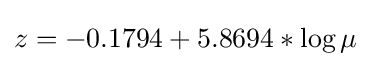
z=-0.1794+5.8694*\log \mu